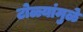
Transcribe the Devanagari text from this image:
टोळ्यांमुळे